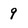
Character: 9